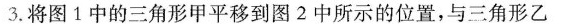
3.将图1中的三角形甲平移到图2中所示的位置，与三角形乙